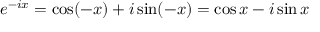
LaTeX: e ^ { - i x } = \cos ( - x ) + i \sin ( - x ) = \cos x - i \sin x